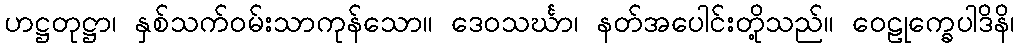
ဟဋ္ဌတုဋ္ဌာ၊ နှစ်သက်ဝမ်းသာကုန်သော။ ဒေဝသင်္ဃာ၊ နတ်အပေါင်းတို့သည်။ ဝေဠုက္ခေပါဒိနိ၊